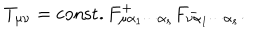
T _ { \mu \nu } = \mathrm { c o n s t . } \, F _ { \mu \alpha _ { 1 } \cdots \alpha _ { s } } ^ { + } F _ { \nu \alpha _ { 1 } \cdots \alpha _ { s } } ^ { - } .